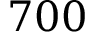
7 0 0